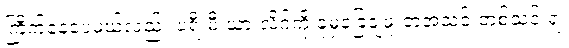
ကြိုက်နေပေမယ့်လည်း ပရီးမီးယားလိဂ်ကို ခုမှခြေချဖူးတဲ့အသင်းတစ်သင်းရဲ့